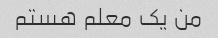
من یک معلم هستم